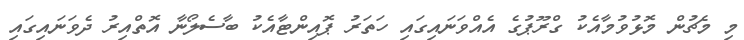
މި މެޗުން މޮޅުވުމާއެކު ގްރޫޕުގެ އެއްވަނައިގައި ހަތަރު ޕޮއިންޓާއެކު ބާސެލޯނާ އޮތްއިރު ދެވަނައިގައި